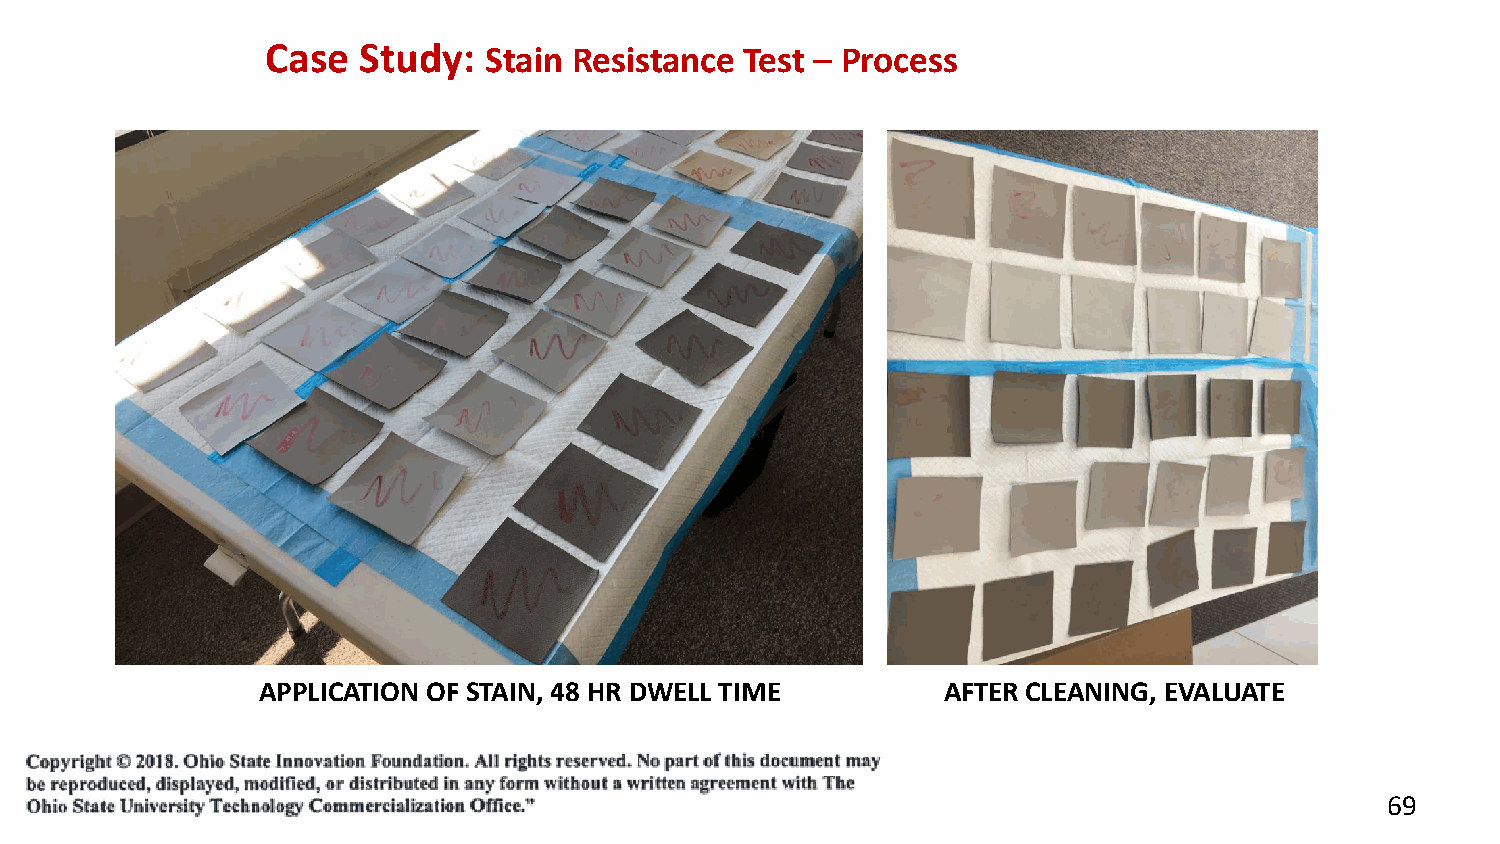
Case  Study:  Stain Resistance Test – Process
 APPLICATION OF STAIN, 48 HR DWELL TIME       AFTER CLEANING, EVALUATE
 69